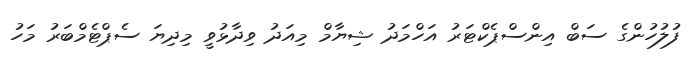
ފުލުހުންގެ ސަބް އިންސްޕެކްޓަރު އަހްމަދު ޝިޔާމް މިއަދު ވިދާޅުވީ މިދިޔަ ސެޕްޓެމްބަރު މަހު